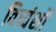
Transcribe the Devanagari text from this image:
विध्वंशों